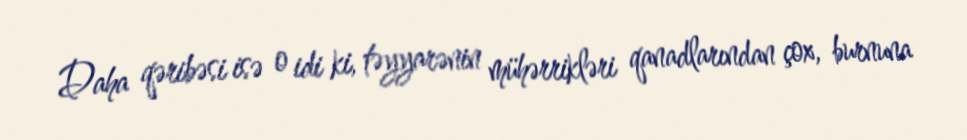
Daha qəribəsi isə o idi ki, təyyarənin mühərrikləri qanadlarından çox, burnuna